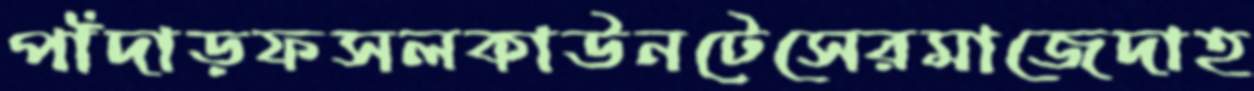
পাঁদাড়ফসলকাউনটেসেরমাজেদাহ